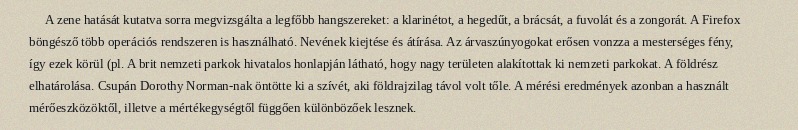
A zene hatását kutatva sorra megvizsgálta a legfőbb hangszereket: a klarinétot, a hegedűt, a brácsát, a fuvolát és a zongorát. A Firefox böngésző több operációs rendszeren is használható. Nevének kiejtése és átírása. Az árvaszúnyogokat erősen vonzza a mesterséges fény, így ezek körül (pl. A brit nemzeti parkok hivatalos honlapján látható, hogy nagy területen alakítottak ki nemzeti parkokat. A földrész elhatárolása. Csupán Dorothy Norman-nak öntötte ki a szívét, aki földrajzilag távol volt tőle. A mérési eredmények azonban a használt mérőeszközöktől, illetve a mértékegységtől függően különbözőek lesznek.